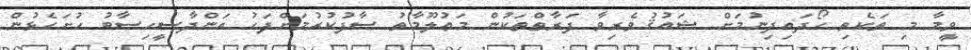
ވީމާ މި ތަކެތި ހޯދައިދިނުމަށް ޝައުޤުވެރިވާ ފަރާތްތަކުން މަޢުލޫމާތު ސާފުކުރުމަށްފަހު އަންދާސީހިސާބު ހުށަހެޅުން